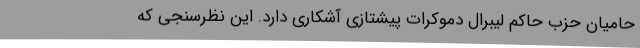
حامیان حزب حاکم لیبرال دموکرات پیشتازی آشکاری دارد. این نظرسنجی که